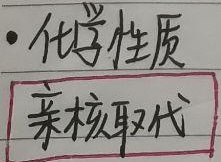
化学性质：亲核取代